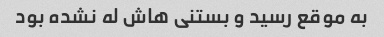
به موقع رسید و بستنی هاش له نشده بود